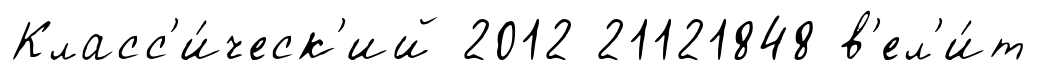
Класс'и́ческ'ий 2012 21121848 в'ел'и́т